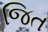
જિત